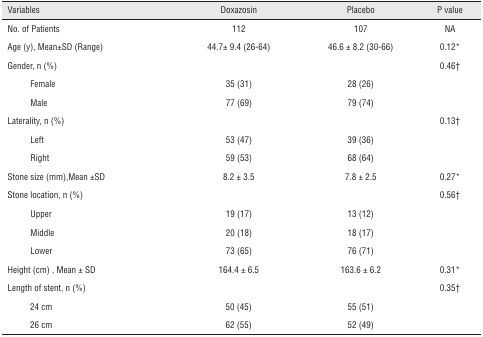
<table><thead><tr><td colspan="2"><b>Variables</b></td><td><b>Doxazosin</b></td><td><b>Placebo</b></td><td><b>P value</b></td></tr></thead><tbody><tr><td colspan="2">No. of Patients</td><td>112</td><td>107</td><td>NA</td></tr><tr><td colspan="2">Age (y), Mean ± SD (Range)</td><td>44.7 ± 9.4 (26-64)</td><td>46.6 ±8.2 (30-66)</td><td>0.12*</td></tr><tr><td colspan="2">Gender, n (%)</td><td></td><td></td><td>0.46†</td></tr><tr><td></td><td>Female</td><td>35(31)</td><td>28 (26)</td><td></td></tr><tr><td></td><td>Male</td><td>77(69)</td><td>79(74)</td><td></td></tr><tr><td colspan="2">Laterality, n (%)</td><td></td><td></td><td>0.13†</td></tr><tr><td></td><td>Left</td><td>53(47)</td><td>39(36)</td><td></td></tr><tr><td></td><td>Right</td><td>59(53)</td><td>68(64)</td><td></td></tr><tr><td colspan="2">Stone size (mm). Mean ±SD</td><td>8.2 ± 3.5</td><td>7.8 ±2.5</td><td>0.27*</td></tr><tr><td colspan="2">Stone location, n (%)</td><td></td><td></td><td>0.56†</td></tr><tr><td></td><td>Upper</td><td>19(17)</td><td>13 (12)</td><td></td></tr><tr><td></td><td>Middle</td><td>20(18)</td><td>18(17)</td><td></td></tr><tr><td></td><td>Lower</td><td>73(65)</td><td>76(71)</td><td></td></tr><tr><td colspan="2">Height (cm). Meant ± SD</td><td>164.4 ± 6.5</td><td>163.6 ± 6.2</td><td>0.31*</td></tr><tr><td colspan="2">Length of stent, n (%)</td><td></td><td></td><td>0.35†</td></tr><tr><td></td><td>24 cm</td><td>50(45)</td><td>55(51)</td><td></td></tr><tr><td></td><td>26 cm</td><td>62(55)</td><td>52 (49)</td><td></td></tr></tbody></table>